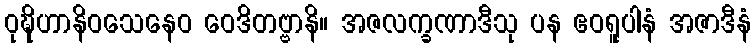
ဝုဍ္ဎိဟာနိဝသေနေဝ ဝေဒိတဗ္ဗာနိ။ အဇလက္ခဏာဒီသု ပန ဧဝရူပါနံ အဇာဒီနံ